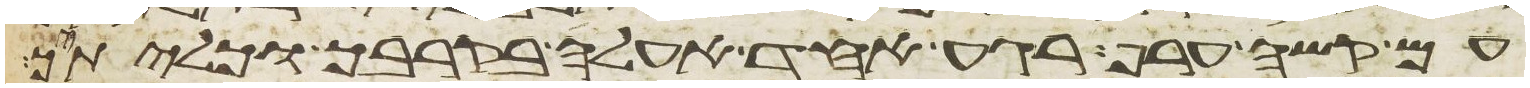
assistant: עם קשה ערף רגע אחד אעלה בקרבך וכליתיך